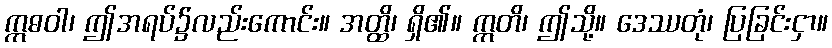
ဣဓဝါ၊ ဤအရပ်၌လည်းကောင်း။ အတ္ထိ၊ ရှိ၏။ ဣတိ၊ ဤသို့။ ဒေဿတုံ၊ ပြခြင်းငှာ။